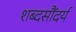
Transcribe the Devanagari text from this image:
शब्दसौंदर्य